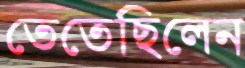
তেতেছিলেন